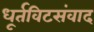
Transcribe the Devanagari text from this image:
धूर्तविटसंवाद